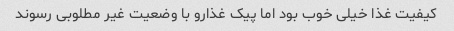
کیفیت غذا خیلی خوب بود اما پیک غذارو با وضعیت غیر مطلوبی رسوند